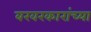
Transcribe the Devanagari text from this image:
बखरकारांच्या